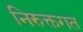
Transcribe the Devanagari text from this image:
निरुक्तगत